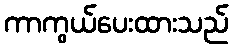
ကာကွယ်ပေးထားသည်